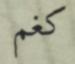
كغم